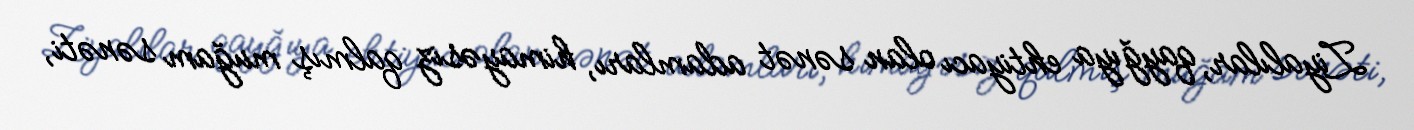
Ziyalılar, qayğıya ehtiyacı olan sənət adamları, himayəsiz qalmış muğam sənəti,